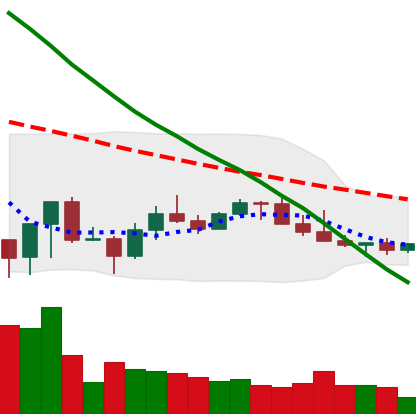
Ticker: LINK-USD
Chart end date: 2022-07-02
Forward return: 6.678%
Label: up_5_7